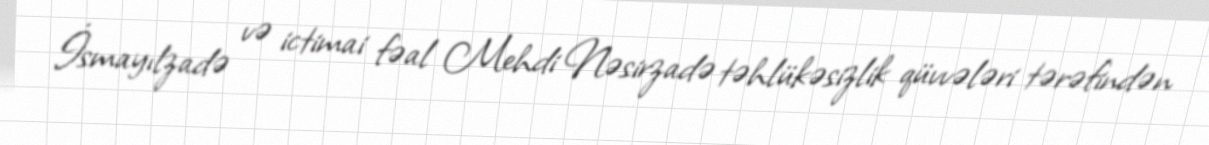
İsmayılzadə və ictimai fəal Mehdi Nəsirzadə təhlükəsizlik qüvvələri tərəfindən